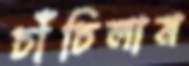
চাঁচিলাম